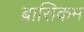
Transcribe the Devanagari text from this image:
ब्रासिकम